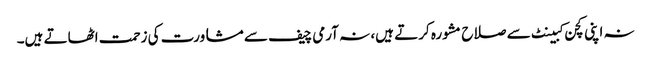
نہ اپنی کچن کبینٹ سے صلاح مشورہ کرتے ہیں، نہ آرمی چیف سے مشاورت کی زحمت اٹھاتے ہیں۔